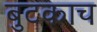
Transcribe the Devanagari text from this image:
बुटकाच